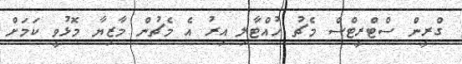
ގްރީން ސްޓްރީޓްސް މެޗު ހުއްޓާލި އިރު އެ މެޗުން މާޒިޔާ މޮޅުވީ ކަމަށް